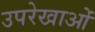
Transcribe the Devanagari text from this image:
उपरेखाओं